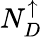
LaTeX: N_{D}^{\uparrow}